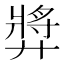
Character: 㢡